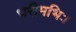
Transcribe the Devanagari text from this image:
भरीमभिः।